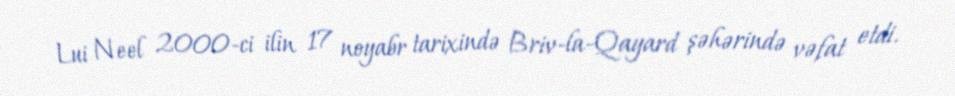
Lui Neel 2000-ci ilin 17 noyabr tarixində Briv-la-Qayard şəhərində vəfat etdi.